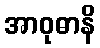
အာဝုဓာနိ